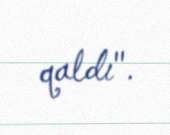
qaldı".